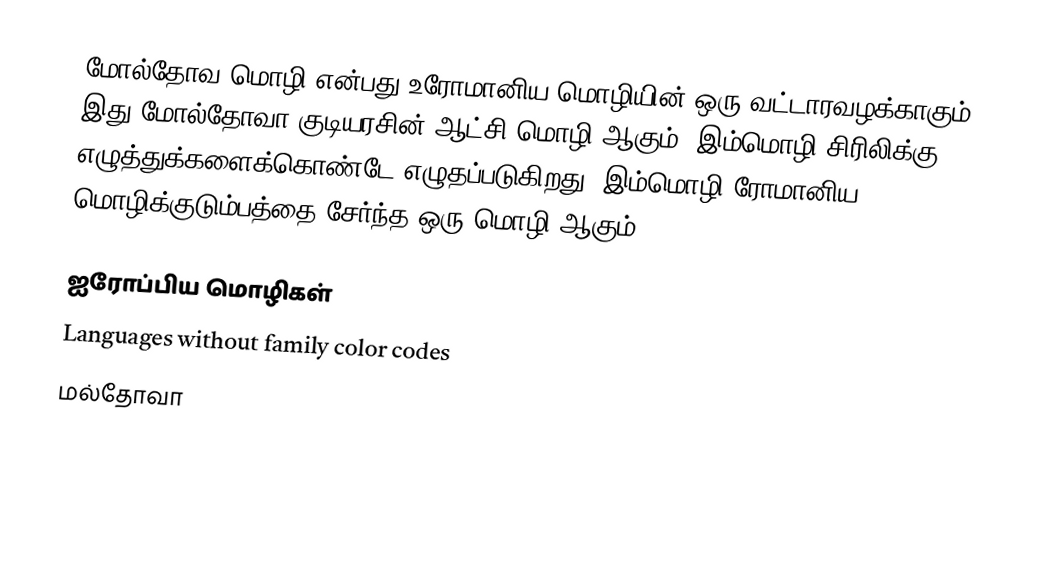
மோல்தோவ மொழி என்பது உரோமானிய மொழியின் ஒரு வட்டாரவழக்காகும். இது மோல்தோவா குடியரசின் ஆட்சி மொழி ஆகும். இம்மொழி சிரிலிக்கு எழுத்துக்களைக்கொண்டே எழுதப்படுகிறது. இம்மொழி ரோமானிய மொழிக்குடும்பத்தை சேர்ந்த ஒரு மொழி ஆகும்.

ஐரோப்பிய மொழிகள்
Languages without family color codes
மல்தோவா